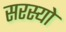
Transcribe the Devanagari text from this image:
सरस्‍यो